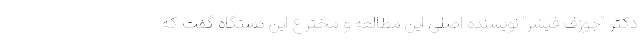
دکتر "جوزف فیشر" نویسنده اصلی این مطالعه و مخترع این دستگاه گفت که